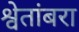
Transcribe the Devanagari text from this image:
श्वेतांबरा